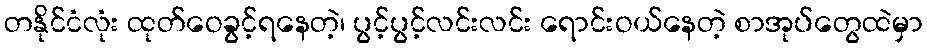
တနိုင်ငံလုံး ထုတ်ဝေခွင့်ရနေတဲ့၊ ပွင့်ပွင့်လင်းလင်း ရောင်းဝယ်နေတဲ့ စာအုပ်တွေထဲမှာ